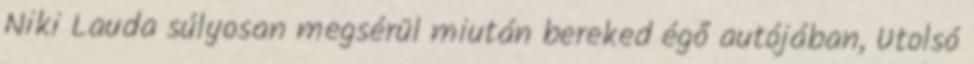
Niki Lauda súlyosan megsérül miután bereked égő autójában, Utolsó